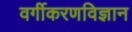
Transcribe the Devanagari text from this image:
वर्गीकरणविज्ञान